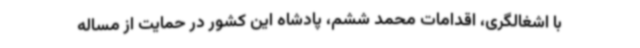
با اشغالگری، اقدامات محمد ششم، پادشاه این کشور در حمایت از مساله